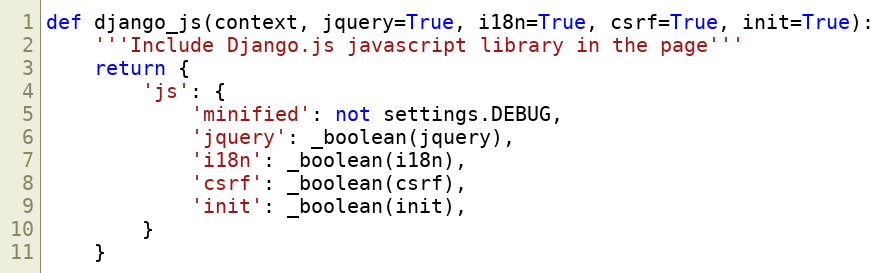
Language: Python
def django_js(context, jquery=True, i18n=True, csrf=True, init=True):
    '''Include Django.js javascript library in the page'''
    return {
        'js': {
            'minified': not settings.DEBUG,
            'jquery': _boolean(jquery),
            'i18n': _boolean(i18n),
            'csrf': _boolean(csrf),
            'init': _boolean(init),
        }
    }